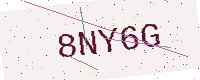
Text: 8NY6G